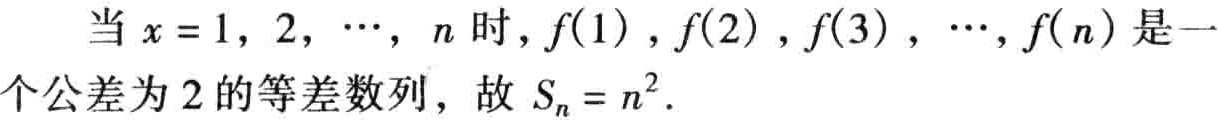
当 \(x = 1,2,\cdots,n\) 时，\(f(1),f(2),f(3),\cdots,f(n)\) 是一个公差为 \(2\) 的等差数列，故 \(S_{n}=n^{2}\).